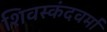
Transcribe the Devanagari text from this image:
शिवस्कंदवर्मा